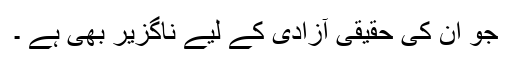
جو ان کی حقیقی آزادی کے لیے ناگزیر بھی ہے ۔